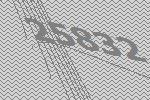
25832